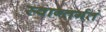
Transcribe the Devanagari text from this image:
स्वान्तर्गतं